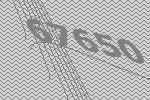
67650